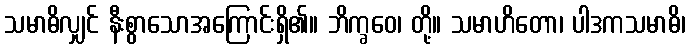
သမာဓိလျှင် နီးစွာသောအကြောင်းရှိ၏။ ဘိက္ခဝေ၊ တို့။ သမာဟိတော၊ ပါဒကသမာဓိ၊